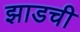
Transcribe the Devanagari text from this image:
झाडची